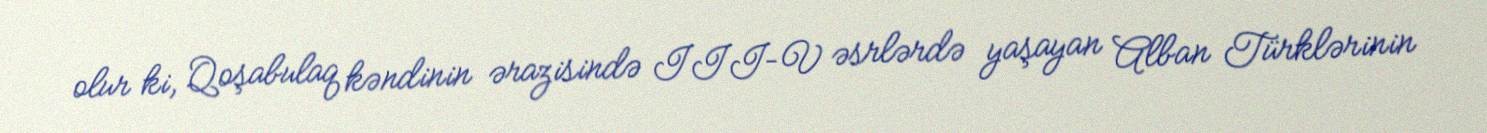
olur ki, Qoşabulaq kəndinin ərazisində III–V əsrlərdə yaşayan Alban Türklərinin